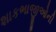
શાકભાજીઓની